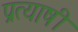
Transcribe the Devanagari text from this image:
प्रत्याषी